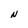
Character: N